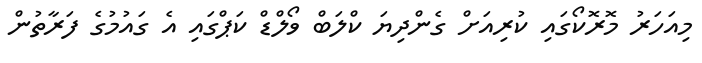
މިއަހަރު މޮރޮކޯގައި ކުރިއަށް ގެންދިޔަ ކްލަބް ވޯލްޑް ކަޕްގައި އެ ގައުމުގެ ފަރާތުން